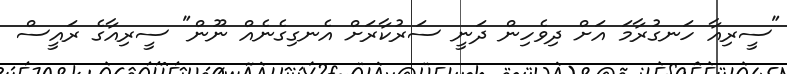
"ސީރިއާ ހަނގުރާމަ އަށް ދިވެހިން ދަނީ ސަރުކާރަށް އެނގިގެނެއް ނޫން" ސީރިއާގެ ރައީސް